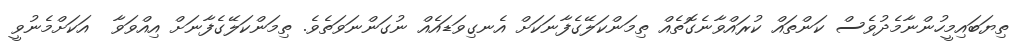
ތިޔަބައިމީހުންނާމެދުވެސް ކަންތައް ކުރައްވާނެގޮތެއް ތިމަންކަލޭގެފާނަކަށް އެނގިވަޑައެއް ނުގަންނަވަތެވެ. ތިމަންކަލޭގެފާނަށް އިއްވަވާ  އަކަށްމެނުވީ